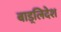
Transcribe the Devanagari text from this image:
बाड़्लिदेश